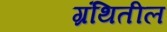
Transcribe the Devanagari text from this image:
ग्रंथितील